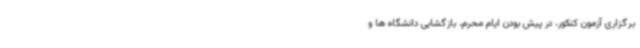
برگزاری آزمون کنکور، در پیش بودن ایام محرم، بازگشایی دانشگاه ها و